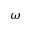
\omega